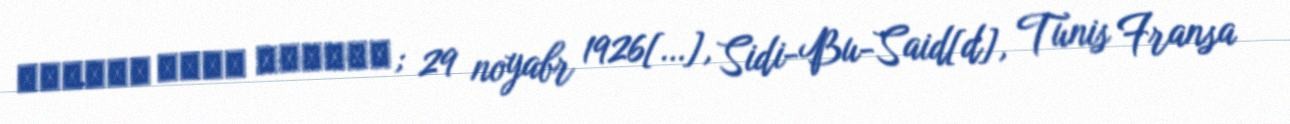
الباجي قائد السبسي; 29 noyabr 1926[…], Sidi-Bu-Said[d], Tunis Fransa